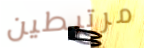
مرتبطين